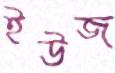
ইউজ